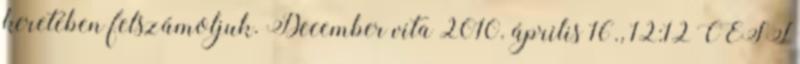
keretében felszámoljuk. December vita 2010. április 16., 12:12 CEST